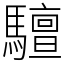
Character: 驙